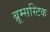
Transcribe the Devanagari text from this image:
ब्रूम्सस्टिक